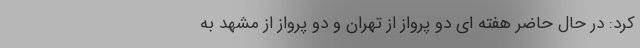
کرد: در حال حاضر هفته ای دو پرواز از تهران و دو پرواز از مشهد به